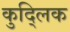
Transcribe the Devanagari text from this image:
कुद्लिक